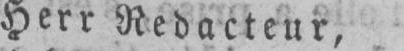
Herr Redacteur,